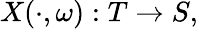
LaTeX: X(\cdot,\omega):T\rightarrow S,